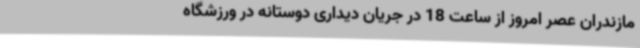
مازندران عصر امروز از ساعت 18 در جریان دیداری دوستانه در ورزشگاه